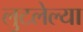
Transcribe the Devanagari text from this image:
लुटलेल्या